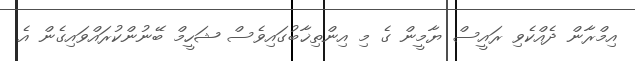
އިމްރާން ދެއްކެވި ރައީސް ޔާމީން ގެ މި އިންތިޚާބުގައިވެސް ޝަހީމް ބޭނުންކުރައްވައިގެން އެ